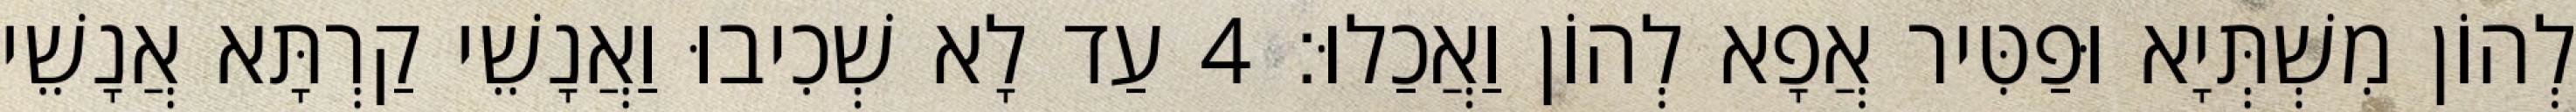
לְהוֹן מִשְׁתְּיָא וּפַטִּיר אֲפָא לְהוֹן וַאֲכַלוּ׃ 4 עַד לָא שְׁכִיבוּ וַאֲנָשֵׁי קַרְתָּא אֲנָשֵׁי